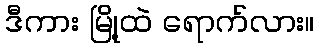
ဒီကား မြို့ထဲ ရောက်လား။